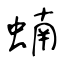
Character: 蝻